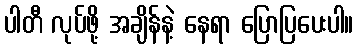
ပါတီ လုပ်ဖို့ အချိန်နဲ့ နေရာ ပြောပြပေးပါ။